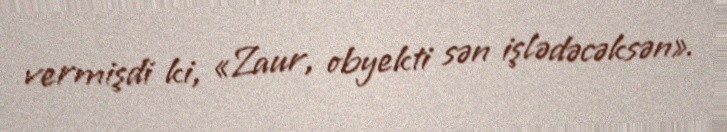
vermişdi ki, «Zaur, obyekti sən işlədəcəksən».